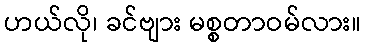
ဟယ်လို၊ ခင်ဗျား မစ္စတာဝမ်လား။